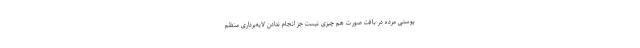
پوستی مرده در بافت صورت هم چیزی نیست جز انجام ندادن لایه‌برداری منظم